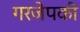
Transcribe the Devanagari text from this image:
गरजेपकी